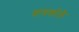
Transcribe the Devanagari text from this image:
वाचकोले